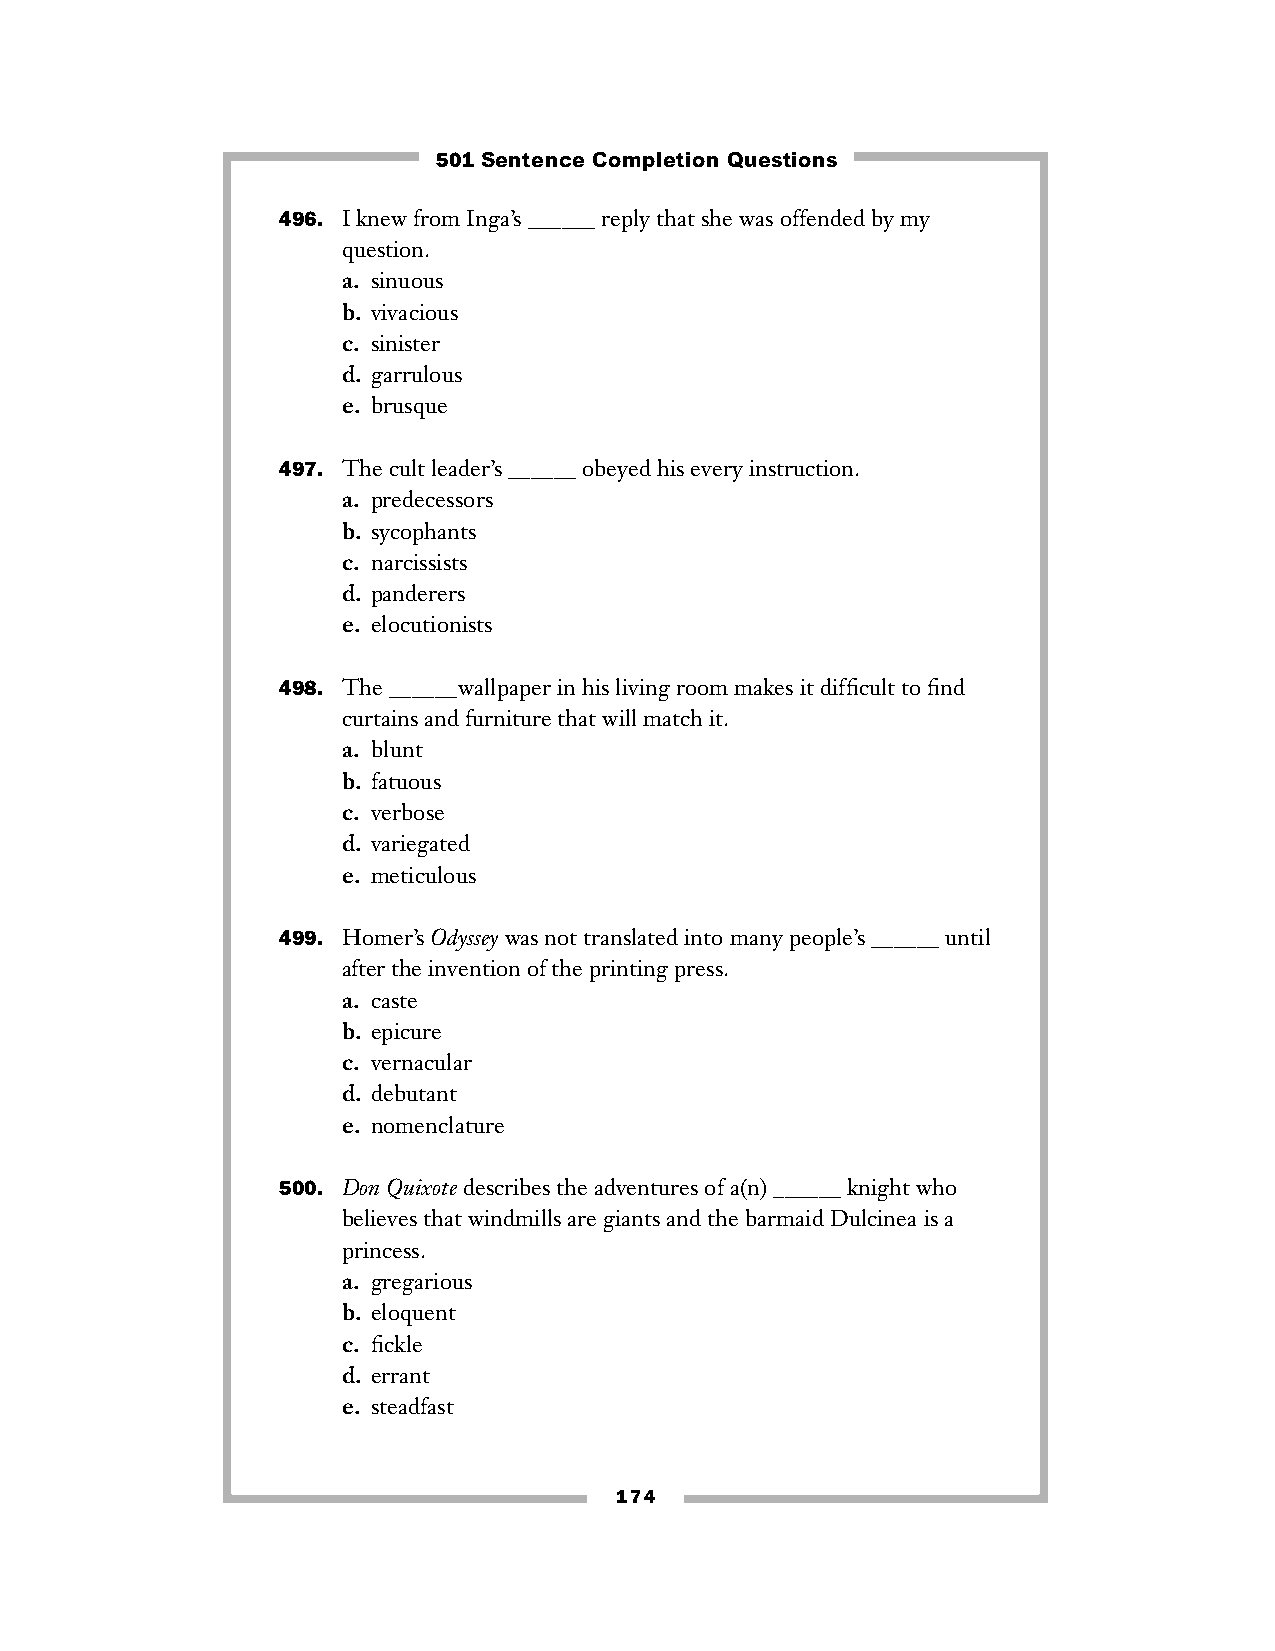
501 Sentence Completion Questions
 496. I knew from Inga’s ______ reply that she was offended by my
 question.
 a. sinuous
 b. vivacious
 c. sinister
 d. garrulous
 e. brusque
 497. The cult leader’s ______ obeyed his every instruction.
 a. predecessors
 b. sycophants
 c. narcissists
 d. panderers
 e. elocutionists
 498. The ______wallpaper in his living room makes it difficult to find
 curtains and furniture that will match it.
 a. blunt
 b. fatuous
 c. verbose
 d. variegated
 e. meticulous
 499. Homer’s Odysseywas not translated into many people’s ______ until
 after the invention of the printing press.
 a. caste
 b. epicure
 c. vernacular
 d. debutant
 e. nomenclature
 500. Don Quixotedescribes the adventures of a(n) ______ knight who
 believes that windmills are giants and the barmaid Dulcinea is a
 princess.
 a. gregarious
 b. eloquent
 c. fickle
 d. errant
 e. steadfast
 174